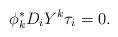
LaTeX: \begin{align*} \phi^*_kD_iY^k\tau_i = 0.\end{align*}